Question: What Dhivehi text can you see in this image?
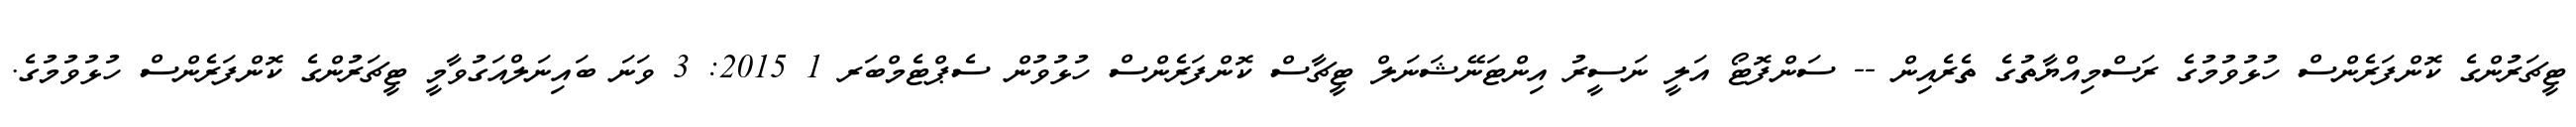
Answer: ޓީޗަރުންގެ ކޮންފަރެންސް ހުޅުވުމުގެ ރަސްމިއްޔާތުގެ ތެރެއިން -- ސަންފޮޓޯ އަލީ ނަސީރު އިންޓަނޭޝަނަލް ޓީޗާސް ކޮންފަރެންސް ހުޅުވުން ސެޕްޓެމްބަރ 1 2015: 3 ވަނަ ބައިނަލްއަގުވާމީ ޓީޗަރުންގެ ކޮންފަރެންސް ހުޅުވުމުގެ.